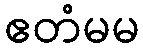
ဧတံမမ